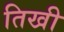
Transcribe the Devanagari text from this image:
तिखी